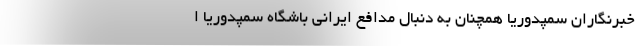
خبرنگاران سمپدوریا همچنان به دنبال مدافع ایرانی باشگاه سمپدوریا ا